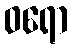
ဝရော